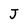
Character: J